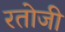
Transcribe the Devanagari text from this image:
रतोजी